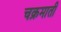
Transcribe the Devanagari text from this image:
चक्रमाती